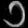
Digit: ၁